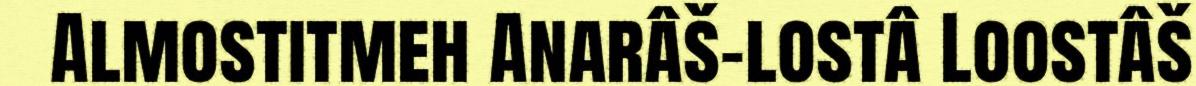
Almostitmeh Anarâš-lostâ Loostâš